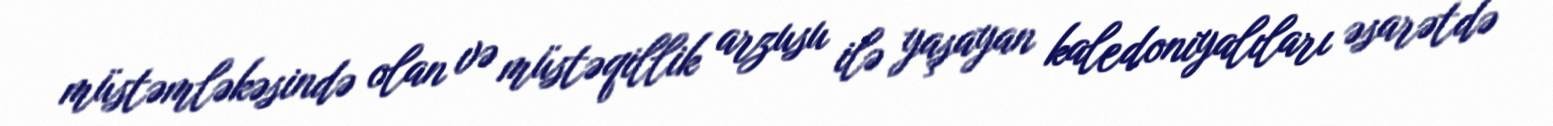
müstəmləkəsində olan və müstəqillik arzusu ilə yaşayan kaledoniyalıları əsarətdə